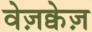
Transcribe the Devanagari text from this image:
वेज़क्वेज़